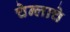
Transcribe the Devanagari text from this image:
चेन्लाचे